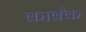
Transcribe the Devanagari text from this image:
काक्कै